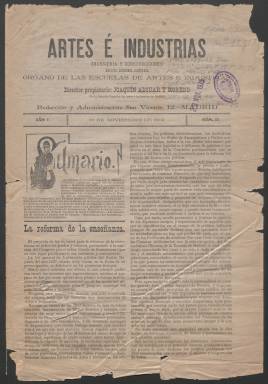
Título: Artes e industrias
Colección: Industria
Ámbito geográfico: Madrid
Lugar de publicación: Madrid
Fechas: 10/11/1902-31/08/1905